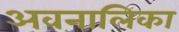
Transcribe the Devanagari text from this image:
अवनालिका